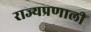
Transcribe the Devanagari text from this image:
राज्यप्रणाली